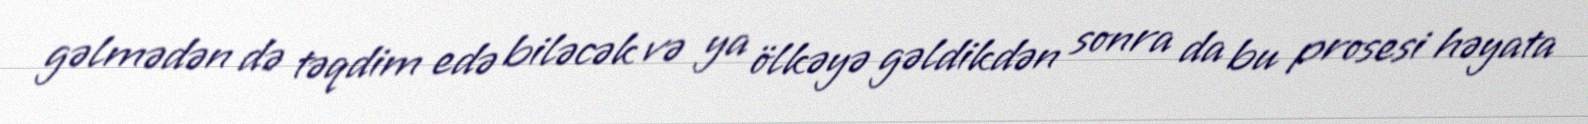
gəlmədən də təqdim edə biləcək və ya ölkəyə gəldikdən sonra da bu prosesi həyata